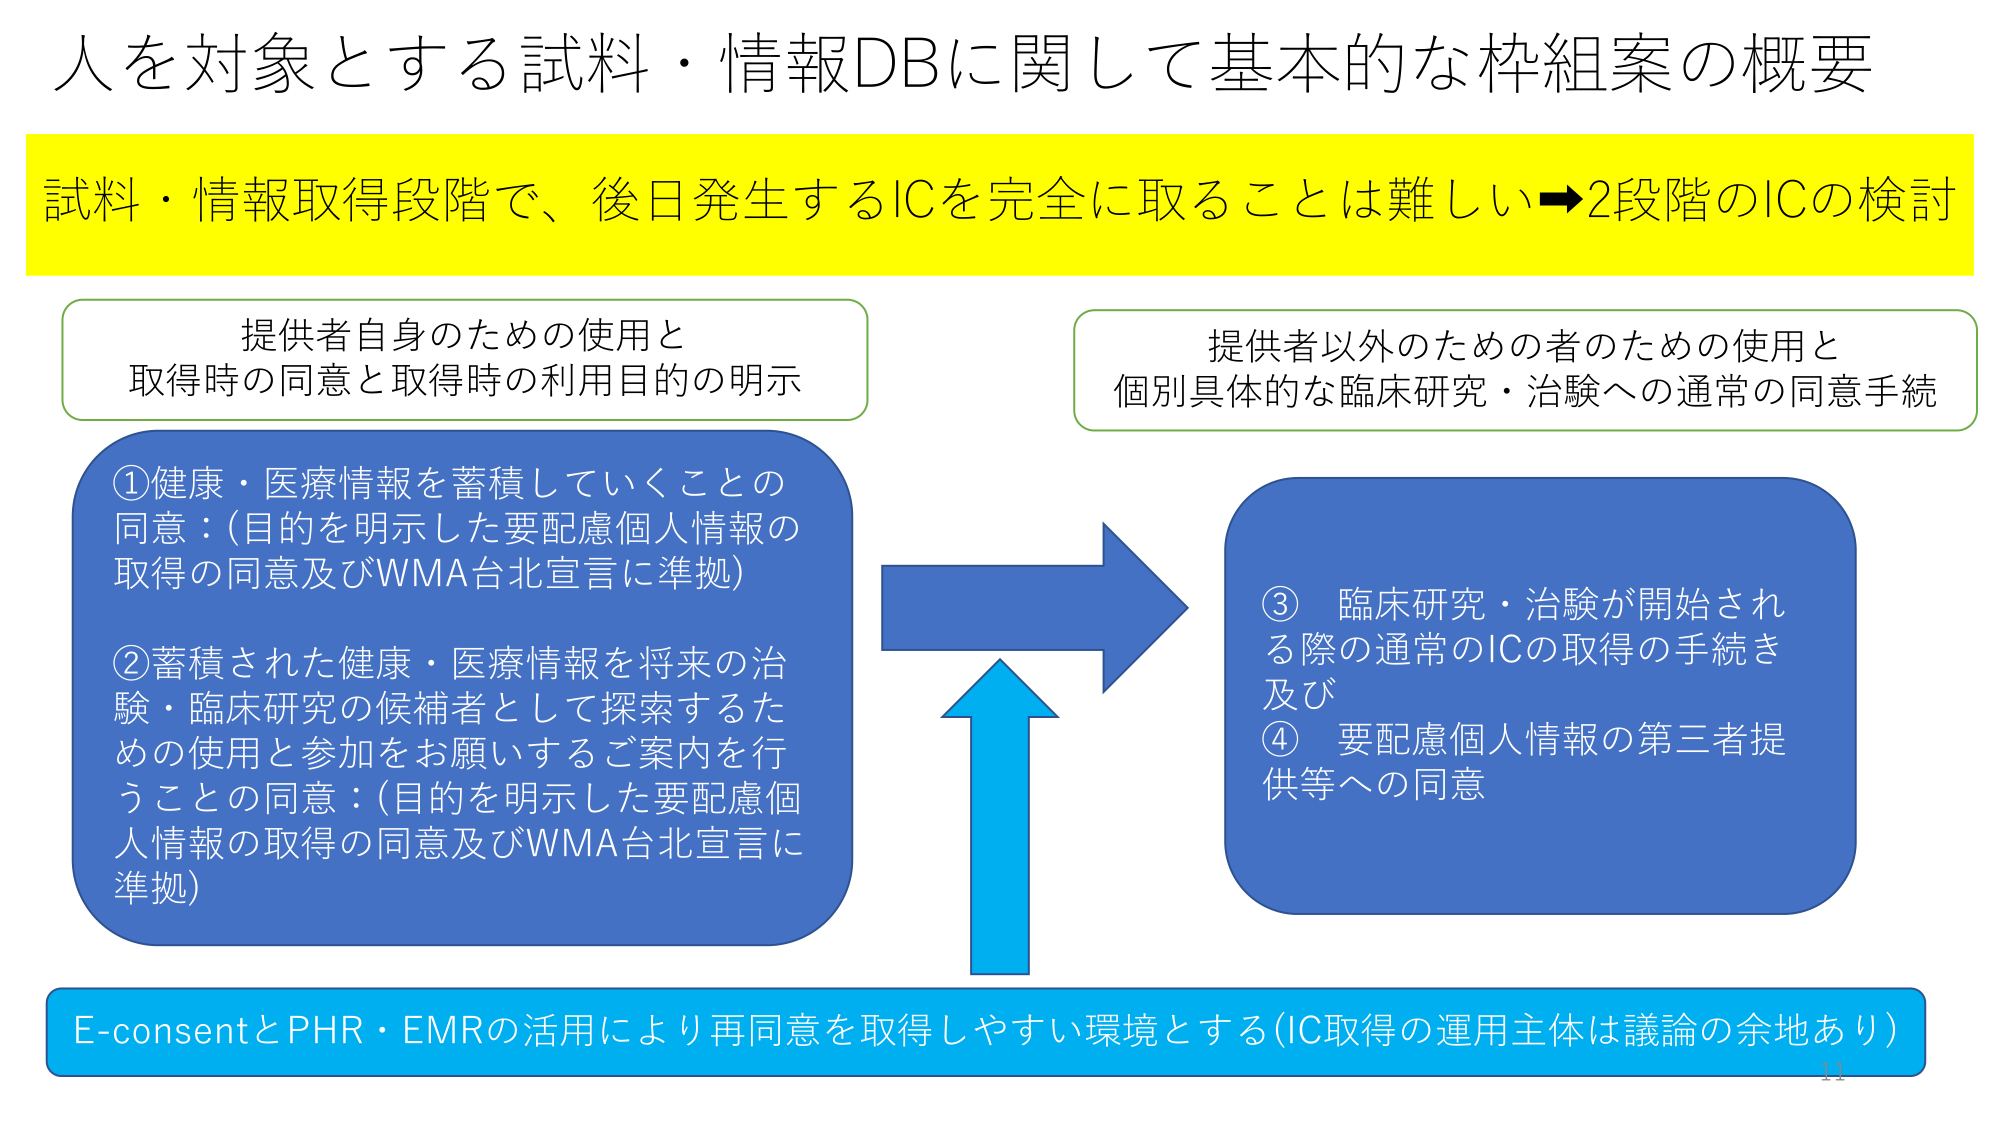
人を対象とする試料・情報DBに関して基本的な枠組案の概要

試料・情報取得段階で、後日発生するICを完全に取ることは難しい→2段階のICの検討

提供者自身のための使用と
取得時の同意と取得時の利用目的の明示

①健康・医療情報を蓄積していくことの
同意：(目的を明示した要配慮個人情報の
取得の同意及びWMA台北宣言に準拠)

②蓄積された健康・医療情報を将来の治
験・臨床研究の候補者として探索するた
めの使用と参加をお願いするご案内を行
うことの同意：(目的を明示した要配慮個
人情報の取得の同意及びWMA台北宣言に
準拠)

提供者以外のための者のための使用と
個別具体的な臨床研究・治験への通常の同意手続

③ 臨床研究・治験が開始され
る際の通常のICの取得の手続き
及び
④ 要配慮個人情報の第三者提
供等への同意

E-consentとPHR・EMRの活用により再同意を取得しやすい環境とする(IC取得の運用主体は議論の余地あり)

11